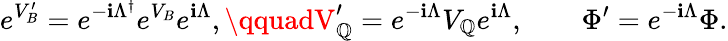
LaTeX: e^{V_{B}^{\prime}}=e^{-\mathbf{i}\Lambda^{\dagger}}e^{V_{B}}e^{\mathbf{i}\Lambda},\qquadV_{\mathbb{Q}}^{\prime}=e^{-\mathbf{i}\Lambda}V_{\mathbb{Q}}e^{\mathbf{i}\Lambda},\qquad\Phi^{\prime}=e^{-\mathbf{i}\Lambda}\Phi.